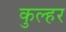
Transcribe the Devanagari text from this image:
कुल्हर